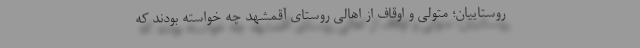
روستاییان؛ متولی و اوقاف از اهالی روستای آقمشهد چه خواسته بودند که